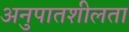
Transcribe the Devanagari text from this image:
अनुपातशीलता